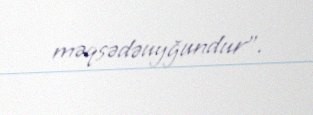
məqsədəuyğundur”.